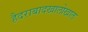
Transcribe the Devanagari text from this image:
हैदराबादखालोखाल